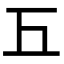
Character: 𢀑